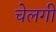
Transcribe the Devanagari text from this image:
चेलगी